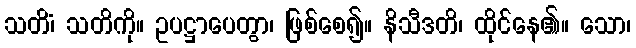
သတိံ၊ သတိကို။ ဥပဋ္ဌာပေတွာ၊ ဖြစ်စေ၍။ နိသီဒတိ၊ ထိုင်နေ၏။ သော၊